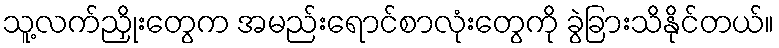
သူ့လက်ညှိုးတွေက အမည်းရောင်စာလုံးတွေကို ခွဲခြားသိနိုင်တယ်။